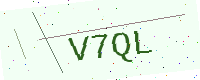
Text: V7QL